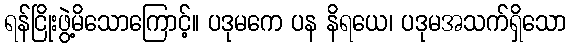
ရန်ငြိုးဖွဲ့မိသောကြောင့်။ ပဒုမကေ ပန နိရယေ၊ ပဒုမအသက်ရှိသော